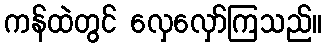
ကန်ထဲတွင် လှေလှော်ကြသည်။